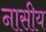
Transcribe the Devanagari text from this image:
नासीय